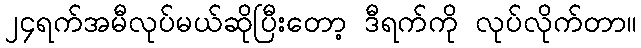
၂၄ရက်အမီလုပ်မယ်ဆိုပြီးတော့ ဒီရက်ကို လုပ်လိုက်တာ။